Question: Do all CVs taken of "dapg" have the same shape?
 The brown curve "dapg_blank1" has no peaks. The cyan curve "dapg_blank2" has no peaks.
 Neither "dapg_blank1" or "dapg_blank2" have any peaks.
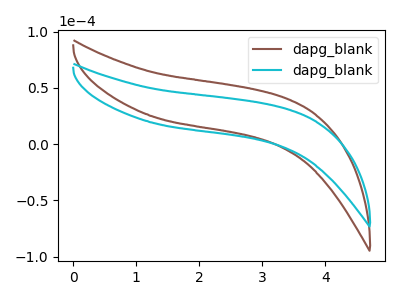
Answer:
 <answer>All the CV's of "dapg" have similar shape.</answer>
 <eval>follow_rule</eval>